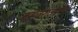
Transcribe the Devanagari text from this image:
बसवराजरगले